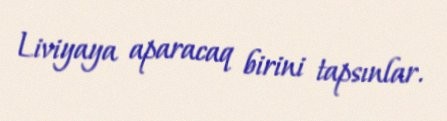
Liviyaya aparacaq birini tapsınlar.